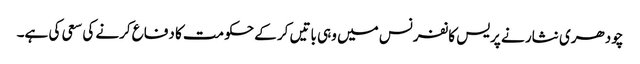
چودھری نثار نے پریس کانفرنس میں وہی باتیں کر کے حکومت کا دفاع کرنے کی سعی کی ہے۔